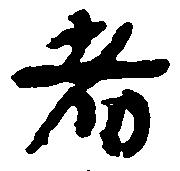
者